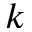
k